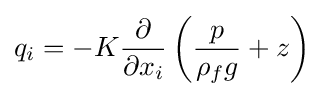
{q_{i}}=-K{\frac {\partial }{\partial {x_{i}}}}\left({{\frac {p}{{\rho _{f}}g}}+z}\right)